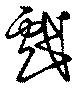
戲